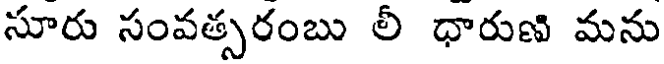
సూరు సంవత్సరంబు లీ ధారుణి మను